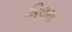
બિલથા